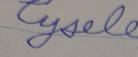
Signature authenticity: forged